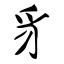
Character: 豸